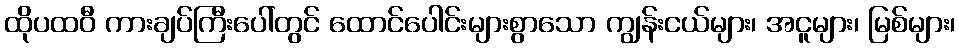
ထိုပထဝီ ကားချပ်ကြီးပေါ်တွင် ထောင်ပေါင်းများစွာသော ကျွန်းငယ်များ၊ အငူများ၊ မြစ်များ၊